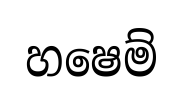
හෂෙම්